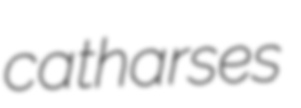
catharses